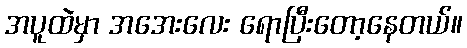
အပူထဲမှာ အအေးလေး ရောပြီးတော့နေတယ်။